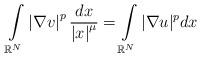
LaTeX: \begin{align*}\int\limits_{\mathbb{R}^{N}}\left\vert \nabla v\right\vert ^{p}\frac{dx}{\left\vert x\right\vert^{\mu}}=\int\limits_{\mathbb{R}^{N}}|\nabla u|^{p}dx\end{align*}